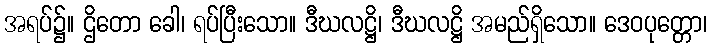
အရပ်၌။ ဌိတော ခေါ၊ ရပ်ပြီးသော။ ဒီဃလဋ္ဌိ၊ ဒီဃလဋ္ဌိ အမည်ရှိသော။ ဒေဝပုတ္တော၊